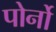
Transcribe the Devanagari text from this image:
पोर्नो